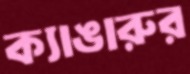
ক্যাঙারুর